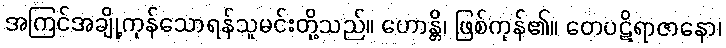
အကြင်အချို့ကုန်သောရန်သူမင်းတို့သည်။ ဟောန္တိ၊ ဖြစ်ကုန်၏။ တေပဋိရာဇာနော၊